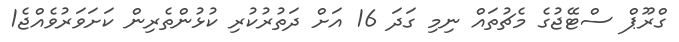
ގްރޫޕް ސްޓޭޖުގެ މެޗުތައް ނިމި ގަދަ 16 އަށް ދަތުރުކުރި ކުޅުންތެރިން ކަށަވަރުވެއްޖެ1